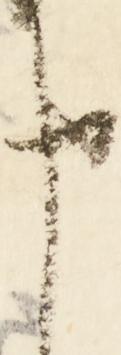
申